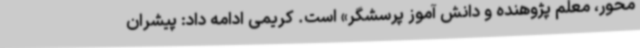
محور، معلم پژوهنده و دانش آموز پرسشگر» است. کریمی ادامه داد: پیشران